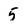
Character: 5